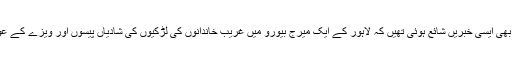
گزشتہ ماہ پاکستان کے مقامی میڈیا میں بھی ایسی خبریں شائع ہوئی تھیں کہ لاہور کے ایک میرج بیورو میں غریب خاندانوں کی لڑکیوں کی شادیاں پیسوں اور ویزے کے عوض چینی شہریوں سے کرائی جاتی ہیں۔